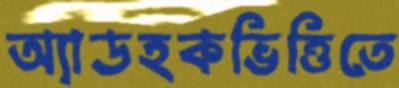
অ্যাডহকভিত্তিতে